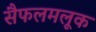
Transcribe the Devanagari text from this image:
सैफलमलूक